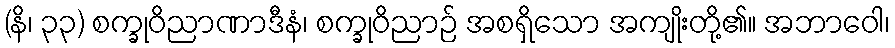
(နိ၊ ၃၃) စက္ခုဝိညာဏာဒီနံ၊ စက္ခုဝိညာဉ် အစရှိသော အကျိုးတို့၏။ အဘာဝေါ၊